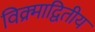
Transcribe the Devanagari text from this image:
विक्र्माद्वितीय